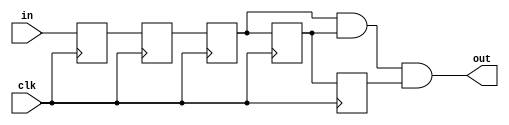
module debouncer(clk, in, out );
    input clk, in;
    output  out;
    reg q1,q2,q3, qsync, qmeta;
   
    always @(posedge clk) begin 
    
        qmeta <= in;
        qsync <= qmeta; 
        
        q1 <= qsync;
        q2 <= q1;
        q3 <= q2;
    end
    
    
    assign out = q1 & q2 & q3;
endmodule